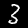
Label: 3